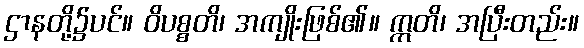
ဌာနတို့၌ပင်။ ဝိပစ္စတိ၊ အကျိုးဖြစ်၏။ ဣတိ၊ အပြီးတည်း။